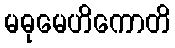
မဓုမေဟိကောတိ